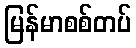
မြန်မာစစ်တပ်